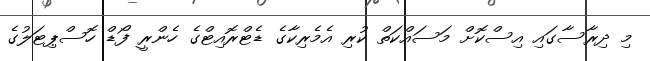
މި ދިރާސާގައި އިސްކޮށް މަސައްކަތް ކުރި އެމެރިކާގެ ޑެޓްރޮއިޓްގެ ހެންރީ ފޯޑް ހޮސްޕިޓަލުގެ